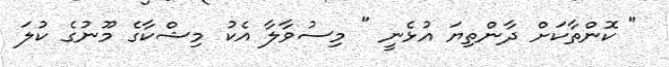
" ކޮންތާކަށް ދާންތިޔަ އުޅެނީ " މިސުވާލާ އެކު މިޝްކާގެ މޫނުގެ ކުލަ